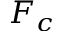
F _ { c }